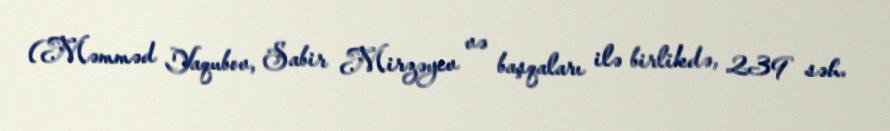
(Məmməd Yaqubov, Sabir Mirzəyev və başqaları ilə birlikdə, 239 səh.